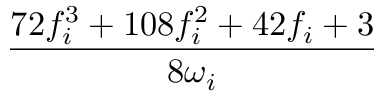
\frac { 7 2 f _ { i } ^ { 3 } + 1 0 8 f _ { i } ^ { 2 } + 4 2 f _ { i } + 3 } { 8 \omega _ { i } }